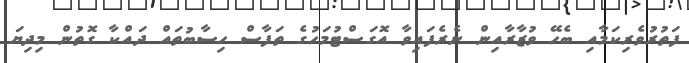
ފަތުރުވެރިކަމާއި ބެހޭ ވުޒާރާއިން ނެރެފައިވާ އޮގަސްޓުމަހުގެ ތަފާސް ހިސާބުތައް ދައްކާ ގޮތުން މިދިޔަ